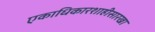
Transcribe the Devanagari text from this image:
एकाधिकारशाहीसारखा